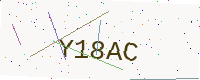
Text: Y18AC